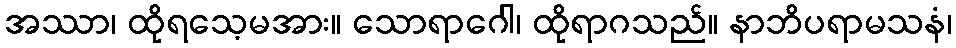
အဿာ၊ ထိုရသေ့မအား။ သောရာဂေါ၊ ထိုရာဂသည်။ နာဘိပရာမသနံ၊